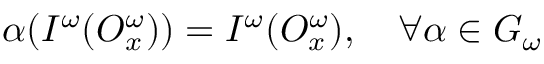
\alpha ( { \cal I ^ { \omega } } ( { \cal O } _ { x } ^ { \omega } ) ) = { \cal I ^ { \omega } } ( { \cal O } _ { x } ^ { \omega } ) , ~ ~ ~ \forall \alpha \in G _ { \omega }